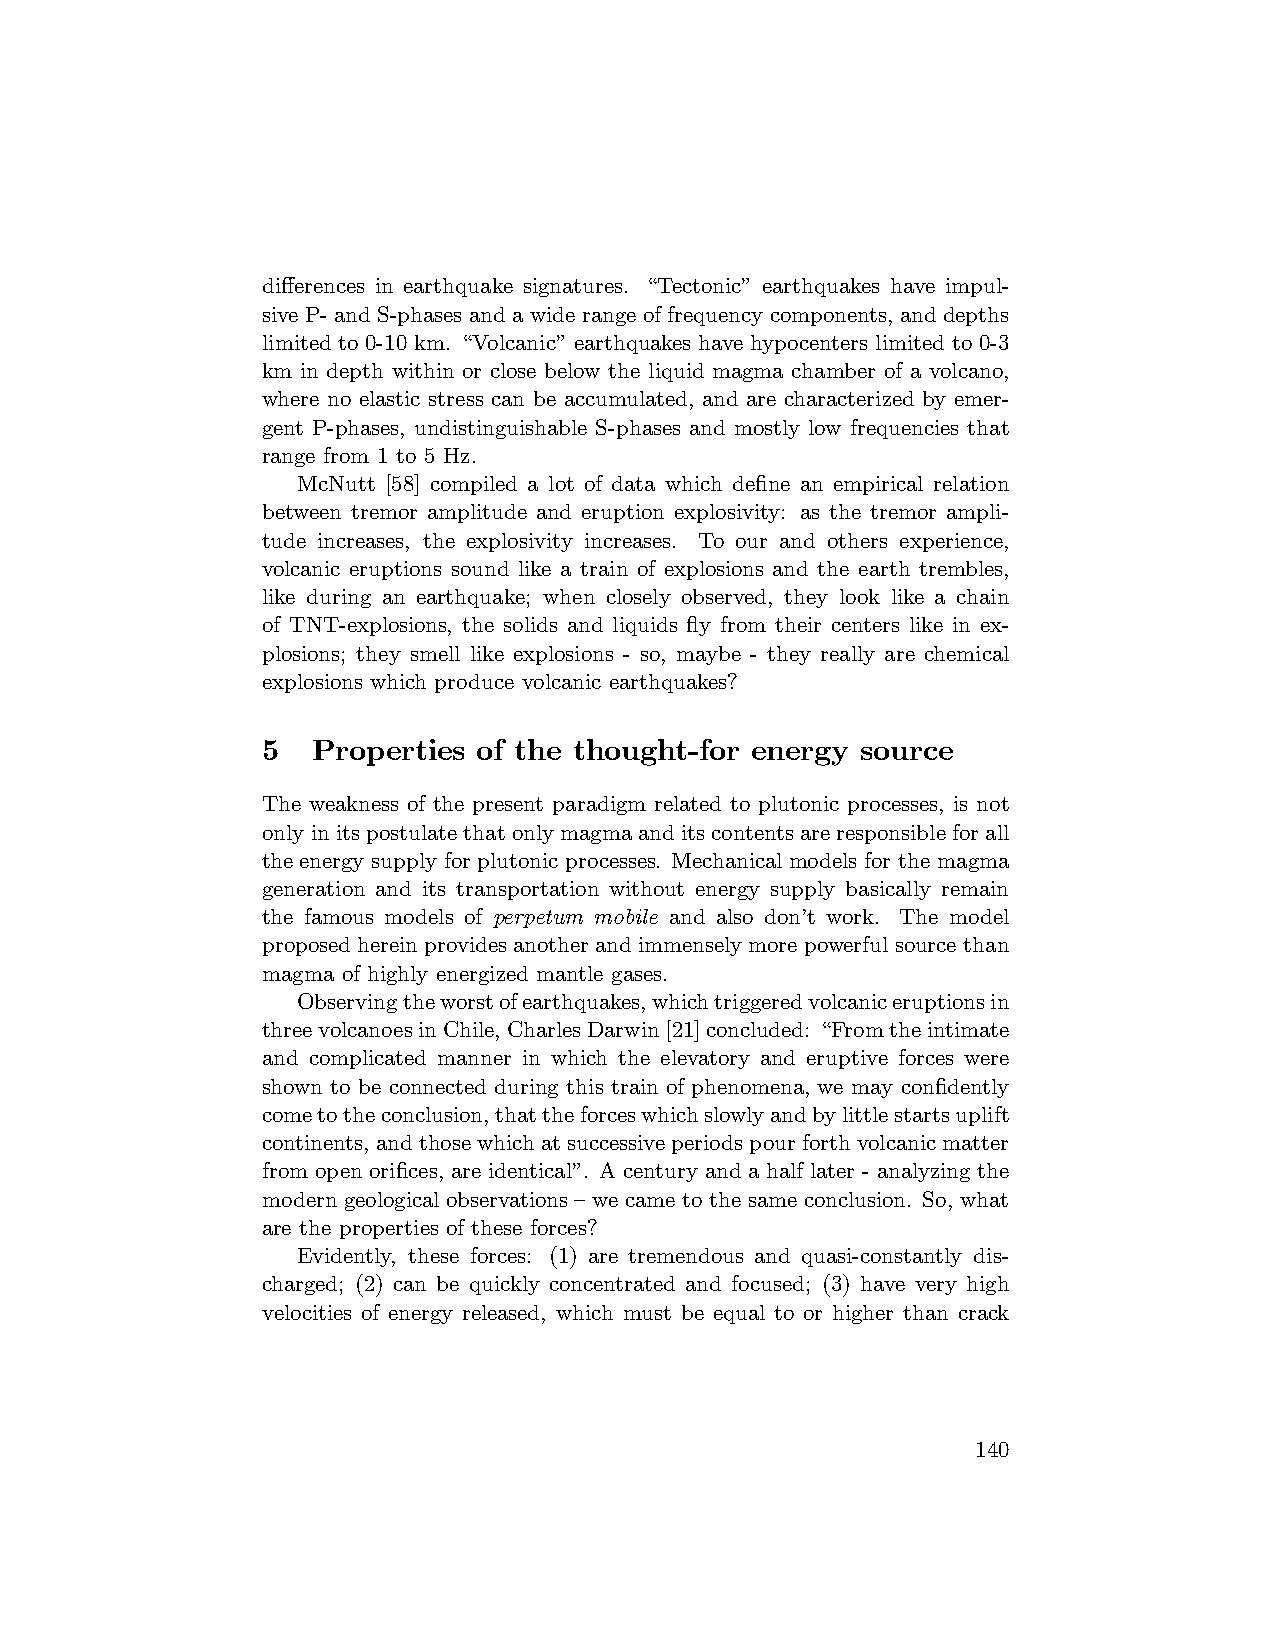
differences in earthquake signatures. “Tectonic” earthquakes have impul-
 sive P- and S-phases and a wide range of frequency components, and depths
 limited to 0-10 km. “Volcanic” earthquakes have hypocenters limited to 0-3
 km in depth within or close below the liquid magma chamber of a volcano,
 where no elastic stress can be accumulated, and are characterized by emer-
 gent P-phases, undistinguishable S-phases and mostly low frequencies that
 range from 1 to 5 Hz.
 McNutt [58] compiled a lot of data which define an empirical relation
 between tremor amplitude and eruption explosivity: as the tremor ampli-
 tude increases, the explosivity increases. To our and others experience,
 volcanic eruptions sound like a train of explosions and the earth trembles,
 like during an earthquake; when closely observed, they look like a chain
 of TNT-explosions, the solids and liquids fly from their centers like in ex-
 plosions; they smell like explosions - so, maybe - they really are chemical
 explosions which produce volcanic earthquakes?
 5   Properties of the thought-for energy source
 The weakness of the present paradigm related to plutonic processes, is not
 onlyinitspostulatethatonlymagmaanditscontentsareresponsibleforall
 the energy supply for plutonic processes. Mechanical models for the magma
 generation and its transportation without energy supply basically remain
 the famous models of perpetum mobile and also don’t work. The model
 proposed herein providesanotherand immensely more powerful source than
 magma of highly energized mantle gases.
 Observingtheworstofearthquakes,whichtriggeredvolcaniceruptionsin
 threevolcanoesinChile,CharlesDarwin[21]concluded: “Fromtheintimate
 and complicated manner in which the elevatory and eruptive forces were
 shown to be connected during this train of phenomena, we may confidently
 cometotheconclusion,thattheforceswhichslowlyandbylittlestartsuplift
 continents, andthosewhichatsuccessiveperiodspourforthvolcanicmatter
 from open orifices, are identical”. A century and a half later - analyzing the
 modern geological observations — we came to the same conclusion. So, what
 are the properties of these forces?
 Evidently, these forces: (1) are tremendous and quasi-constantly dis-
 charged; (2) can be quickly concentrated and focused; (3) have very high
 velocities of energy released, which must be equal to or higher than crack
 140